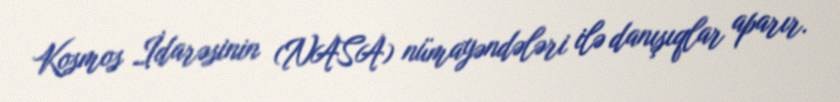
Kosmos İdarəsinin (NASA) nümayəndələri ilə danışıqlar aparır.